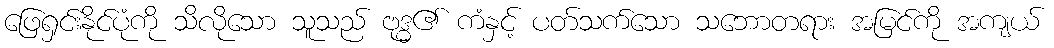
ဖြေရှင်းနိုင်ပုံကို သိလိုသော သူသည် ဗုဒ္ဓ၏ ကံနှင့် ပတ်သက်သော သဘောတရား အမြင်ကို အကျယ်